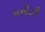
મનીટરી